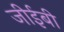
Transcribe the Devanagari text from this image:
जीईबी